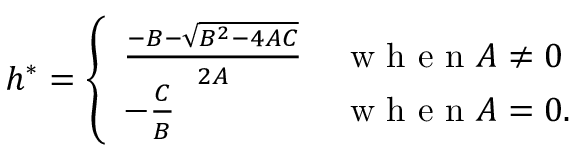
h ^ { \ast } = \left\{ \begin{array} { l l } { \frac { - B - \sqrt { B ^ { 2 } - 4 A C } } { 2 A } } & { \mathrm { ~ w ~ h ~ e ~ n ~ } A \neq 0 } \\ { - \frac { C } { B } } & { \mathrm { ~ w ~ h ~ e ~ n ~ } A = 0 . } \end{array} \right.